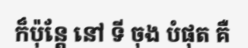
ក៏ប៉ុន្តែ នៅ ទី ចុង បំផុត គឺ